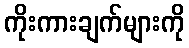
ကိုးကားချက်များကို